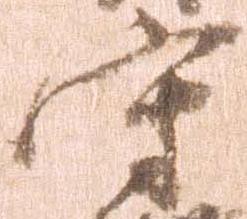
守